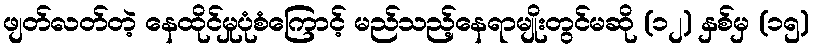
ဖျတ်လတ်တဲ့ နေထိုင်မှုပုံစံကြောင့် မည်သည့်နေရာမျိုးတွင်မဆို (၁၂) နှစ်မှ (၁၅)